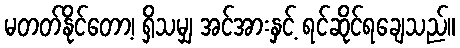
မတတ်နိုင်တော့၊ ရှိသမျှ အင်အားနှင့် ရင်ဆိုင်ရချေသည်။